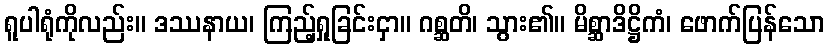
ရူပါရုံကိုလည်း။ ဒဿနာယ၊ ကြည့်ရှုခြင်းငှာ။ ဂစ္ဆတိ၊ သွား၏။ မိစ္ဆာဒိဋ္ဌိကံ၊ ဖောက်ပြန်သော